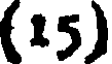
(15)